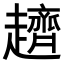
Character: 𧾙